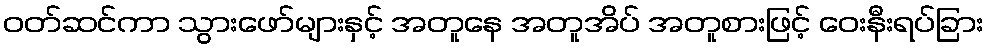
ဝတ်ဆင်ကာ သွားဖော်များနှင့် အတူနေ အတူအိပ် အတူစားဖြင့် ဝေးနီးရပ်ခြား